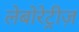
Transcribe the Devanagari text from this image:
लेबोरेट्रीज़